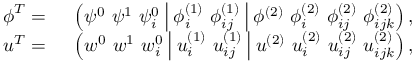
\begin{array} { r l } { \boldsymbol { \phi } ^ { T } = } & { { } \ \left( \psi ^ { 0 } \ \psi ^ { 1 } \ \psi _ { i } ^ { 0 } \ \vline \ \phi _ { i } ^ { ( 1 ) } \ \phi _ { i j } ^ { ( 1 ) } \ \vline \ \phi ^ { ( 2 ) } \ \phi _ { i } ^ { ( 2 ) } \ \phi _ { i j } ^ { ( 2 ) } \ \phi _ { i j k } ^ { ( 2 ) } \right) , } \\ { \boldsymbol { u } ^ { T } = } & { { } \ \left( w ^ { 0 } \ w ^ { 1 } \ w _ { i } ^ { 0 } \ \vline \ u _ { i } ^ { ( 1 ) } \ u _ { i j } ^ { ( 1 ) } \ \vline \ u ^ { ( 2 ) } \ u _ { i } ^ { ( 2 ) } \ u _ { i j } ^ { ( 2 ) } \ u _ { i j k } ^ { ( 2 ) } \right) , } \end{array}